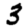
Digit: 3